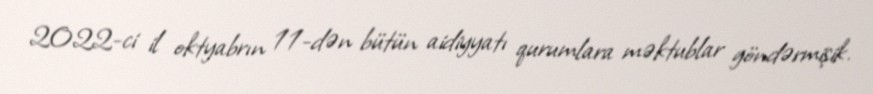
2022-ci il oktyabrın 11-dən bütün aidiyyatı qurumlara məktublar göndərmişik.